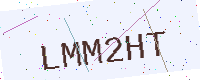
Text: LMM2HT